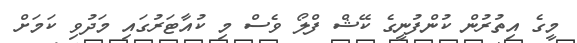
މީގެ އިތުރުން ކުންފުނީގެ ކޭޝް ފްލޯ ވެސް މި ކުއާޓަރުގައި މަދުވި ކަމަށް